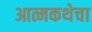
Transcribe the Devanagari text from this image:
आत्मकथेचा